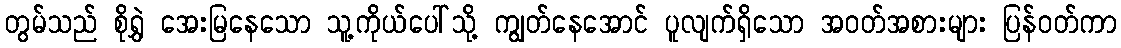
တွမ်သည် စိုရွှဲ အေးမြနေသော သူ့ကိုယ်ပေါ်သို့ ကျွတ်နေအောင် ပူလျက်ရှိသော အဝတ်အစားများ ပြန်ဝတ်ကာ